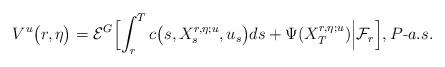
LaTeX: \begin{align*} V^{u}\bigl(r, \eta\bigr) = \mathcal{E}^G\Bigl[\int_r^T c\bigl(s, X_s^{r,\eta;u}, u_s\bigr) ds + \Psi(X_T^{r,\eta;u}) \Bigl \vert \mathcal{F}_r \Bigr],P{\text-a.s.} \end{align*}